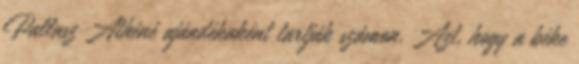
Pallasz Athéné ajándékaként tartják számon. Azt, hogy a béke